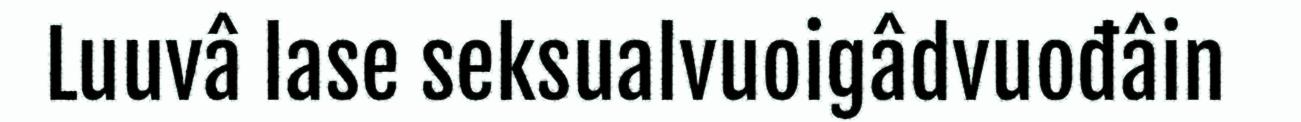
Luuvâ lase seksualvuoigâdvuođâin